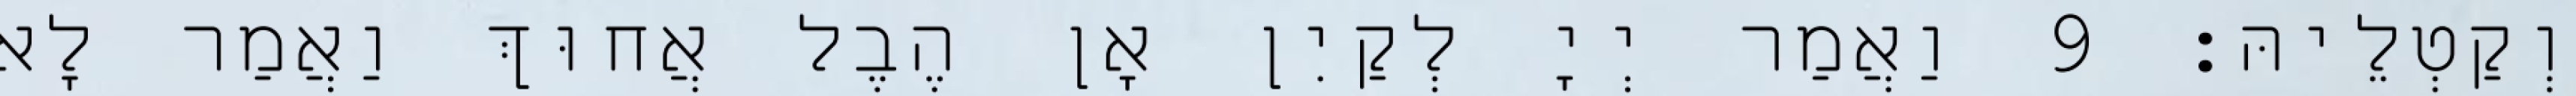
וְקַטְלֵיהּ׃ 9 וַאֲמַר יְיָ לְקַיִן אָן הֶבֶל אֲחוּךְ וַאֲמַר לָא